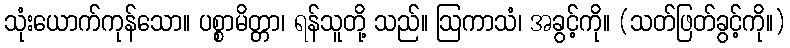
သုံးယောက်ကုန်သော။ ပစ္စာမိတ္တာ၊ ရန်သူတို့ သည်။ ဩကာသံ၊ အခွင့်ကို။ (သတ်ဖြတ်ခွင့်ကို။)